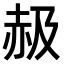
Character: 𧹜